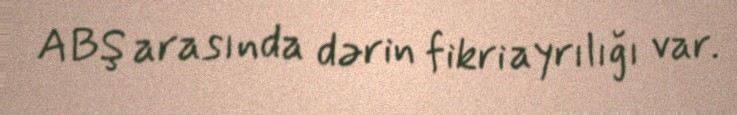
ABŞ arasında dərin fikri ayrılığı var.